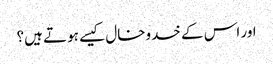
اور اس کے خدوخال کیسے ہوتے ہیں؟